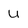
Character: U